Annual report of the Punjab Veterinary College and of the Civil Veterinary Department, Punjab - 1894-1908
Year: 1894
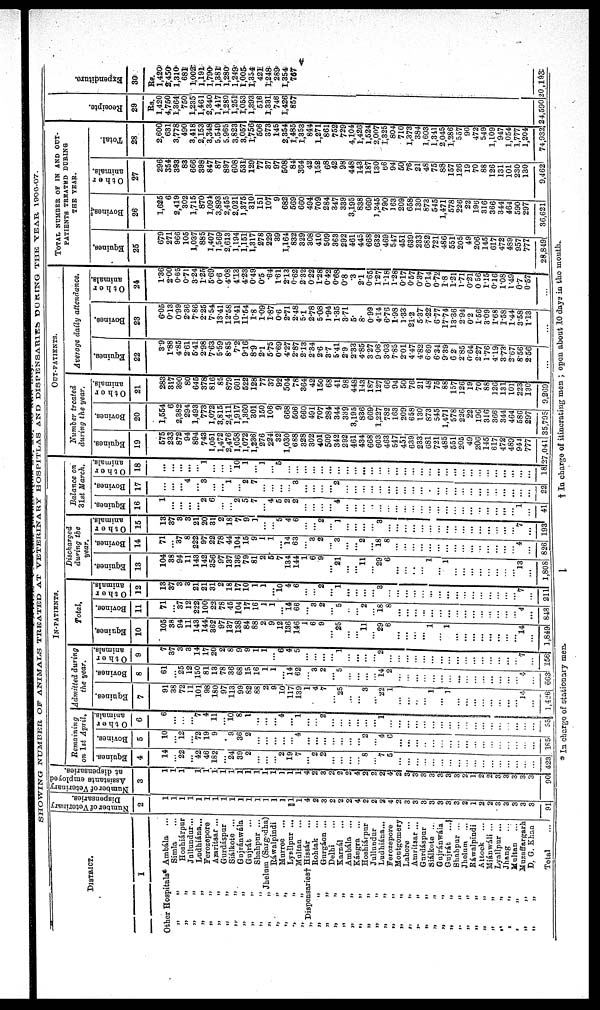
v
SHOWING NUMBER OF ANIMALS TREATED AT VETERINARY HOSPITLAS AND DISPENSARIES DURING THE YEAR 1906-07.
DISTRICT.
1
Other Hospitals* Ambála ...
„ „ Simla ...
„ „Hoshiárpur
„ „ Jullundur ...
„
„
Ludhiána ...
„ „ Ferozepore
„
„
Amritsar ...
„
„
Gurdáspur
„
„
Siálkote ...
„
„
Gujránwála
„ „ Gujrát
...
„
„
Shahpur ...
„
„
Jhelum (Sargodha)
„
„
Ráwalpindi
„
„
Murree ...
„ „ Lyallpur ...
„ „ Multan ...
„ Dispensaries† Hissár
...
„ „ Rohtak ...
„ „ Gurgáon ...
„ „ Delhi
...
„ „ Karnál ...
„ „ Ambála ...
„
„
Kángra ...
„ „ Hoshiárpur
„
„
Jullundur
„
„
Ludhiána ...
„
„
Ferozepore
„
„
Montgomery
„
„
Lahore ...
„
„
Amritsar ...
„
„
Gurdáspur
„
„
Siálkote ...
„
„
Gujránwála
„
„
Gujrát
...
„
„
Shahpur ...
„
„
Jhelum ...
„
„
Ráwalpindi
„
„
Attock ...
„
„
Miánwáli ...
„
„
Lyallpur ...
„ „ Jhang ...
„
„
Multan ...
„
„
Muzaffargarh
„
„
D.
G. Khan
Total
...
Number of Veterinary
Dispensaries.
2
1
1
1
1
1
1
1
1
1
1
1
1
1
1
1
1
1
4
2
3
2
2
2
4
2
2
2
4
2
3
3
3
3
3
3
3
2
1
2
2
3
3
3
3
3
91
Number of Veterinary
Assistants employed
at dispensaries.
3
1
1
1
1
1
1
1
1
1
1
1
1
l
1
1
1
1
4
2
3
2
2
2
4
2
2
2
4
2
3
3
3
3
3
3
3
2 1
2
2
3
3
3
3
3
90
IN-PATIENTS.
Remaining
on 1st April.
Equines.
4
14
...
22
...
42
46
182
...
24
39
2
...
...
...
2
19
7
...
2
2
...
...
...
...
8
...
7
5
...
...
...
...
...
...
...
...
...
...
...
...
...
...
...
...
...
423
Bovines.
5
10
...
12
...
72
19
9
...
9
36
2
...
...
...
...
...
4
...
...
...
...
...
...
...
2
...
4
6
...
...
...
...
...
...
...
...
...
...
...
...
...
...
...
...
...
185
Other
animals.
6
6
...
...
...
7
4
11
...
10
8 1
...
...
...
4
...
1
...
...
2
...
...
...
...
...
1
...
...
...
...
...
...
...
...
...
... ...
...
...
...
...
...
...
...
...
55
Admitted
during
the
year.
Equines.
7
91
38
72
11
101
98
180
97
113
99
82
88
2
9
10
117
139
1
4
7
...
25
...
...
3
...
22
1
...
...
...
...
1
...
1
...
...
...
...
...
...
...
...
14
...
1,426
Bovines.
8
61
...
25
12
150
81
13
78
36
68
15
16
1
1
...
14
62
...
3
2
...
5
...
...
...
...
14
2
...
...
...
...
...
...
...
...
...
...
...
...
...
...
...
4
...
663
Other
animals.
9
7
37
3
3
14
17
20
2
8
9
9
1
1
...
6
4
5
...
...
...
...
1
...
...
...
...
2
...
...
...
...
...
...
...
...
...
...
...
...
...
...
...
...
7
...
156
Total.
Equines.
10
105
38
94
11
143
144
362
97
137
138
84
88
2
9
12
136
146
1
6
9
...
25
...
...
11
...
29
6
...
...
...
...
1
...
1
...
...
...
...
...
...
...
...
14
...
1,849
Bovines.
11
71
...
37
12
222
100
2
78
45
104
17
16
1
1
14
66
...
8
2
...
5
...
...
2
...
18
8
...
...
...
...
...
...
...
...
...
...
...
...
...
...
...
4
...
848
Other
animals
12
13
37
3
3
21
21
31
2
18
17
10
1
1
... 10
4
6
...
... 2
... 1
...
...
...
...
3
...
...
...
...
...
...
...
...
...
...
...
...
...
...
...
...
7
...
211
Discharged
during the
year.
Equines.
13
104
38
94
11
143
142
356
97
137
136
79
81
2
5
7
134
144
1
6
9
...
21
...
...
11
... 29
6
...
...
...
...
1
...
1
...
... ...
...
...
...
...
... 13
...
1,808
Bovines.
14
71
...
37
8
222
97
22
78
44
104
15
9 1
1
... 14
63
...
3
2
... 3
...
...
2
... 18
8
...
...
...
...
...
...
...
...
...
...
...
...
...
...
...
4
...
826
Other
animals.
15
13
37
3
3
21
20
31
2
18
7
9
1
...
...
5
4
6
...
... 2
...
1
...
...
...
... 3
...
...
... ...
...
...
...
...
...
... ...
...
...
...
... 7
...
193
Balance on
31st March.
Equines.
16
1
...
...
...
...
2
6
...
...
2
5
7
...
4
5
2
2
...
...
...
... 4
...
...
...
...
...
...
...
...
...
...
...
...
...
...
...
...
...
...
...
...
... 1
...
41
Bovines.
17
...
...
...
4
...
3
...
...
1
...
2
7
...
...
...
...
3
...
...
...
... 2
...
...
...
...
...
...
...
...
...
...
.
...
...
...
...
...
...
...
...
...
...
...
22
Other
animals.
18
...
...
...
...
...
1
...
...
...
10
1
...
1
...
5
...
...
...
...
...
...
...
...
...
...
...
...
...
...
...
...
...
...
...
...
... ...
...
...
...
...
...
...
...
18
OUT-PATIENTS.
Number treated
during the year.
Equines.
19
575
233
872
94
894
743
1,051
1,472
2,476
1,058
1,072
1,236
276
224
32
1,030
688
328
302
401
509
342
292
461
434
668
603
463
547
451
639
233
681
721
485
551
205
49
206
145
617
472
489
944
777
27,04l
Bovines.
20
1,554
6
2,382
294
1,493
773
1,072
3,815
2,411
1,917
1,360
301
150
106
9
668
506
660
491
707
284
344
339
3,195
836
669
1,227
782
163
209
658
130
873
545
1,471
578
226
22
196
316
366
344
464
586
297
35,795
Other
animals.
21
283
317
390
80
645
378
816
85
879
601
522
128
77
37
92
504
78
364
42
150
68
41
98
448
143
187
127
66
94
50
76
21
48
75
88
157
126
19
70
88
126
131
101
223
130
9,269
Average daily attendance.
Equines.
22
3.9
1.88
4.85
2.61
5.41
2.98
7.63
5.59
8.85
7.2
9.16
8.9
2.1
5.75
0.69
4.27
2.87
2.13
2.34
2.6
3.7
5.41
2.9
2.33
4.85
3.27
9.06
3.03
7.85
2.01
4.47
4.82
6.69
6.34
9.39
6.2
2.85
0.64
2.27
1.76
4.19
3.73
2.67
8.56
2.56
...
Bovines.
23
6.05
0.13
0.99
2.36
7.86
2.25
7.54
13.41
12.58
10.41
11.54
1.8
1.09
1.87
0.6
2.71
2.48
5.1
2.78
5.08
1.94
1.35
3.71
5.
8.
0.99
4.14
6.76
1.98
1.33
21.2
5.37
7.22
6.77
17.74
13.36
2.94
0.2
1.56
3.09
1.68
1.58
1.44
3.58
1.13
...
Other
animals.
24
1.36
2.00
0.65
0.71
3.24
1.25
5.69
0.6
4.08
4.13
4.23
0.49
0.5
.64
1.61
2.13
0.62
2.32
0.22
1.28
0.42
0.68
0.8
.3
2.1
0.65
1.27
1.18
1.28
0.17
0.57
0.37
0.14
0.72
1.8
1.21
1.71
0.21
0 56
1.15
0.16
1.08
1.49
0.7
0.57
...
TOTAL NUMBER OF IN AND OUT¬
PATIENTS TREATED DURING
THE YEAR.
Equines.
25
679
271
966
105
1,037
885
1,405
1,566
2,613
1,194
1,151
1,317
278
229
39
1,164
832
329
308
410
509
363
292
461
445
668
632
469
547
451
639
233
682
721
486
551
205
49
206
145
617
472
489
957
777
28,849
Bovines.
26
1,625
6
2,419
302
1,715
870
1,094
3,893
2,455
2,021
1,375
310
151
107
9
682
569
660
494
709
284
347
339
3,195
838
669
1,245
790
163
209
658
130
873
545
1,471
578
226 22
196
316
366
344
464
590
297
36,621
Other
animals.
27
296
354
393
83
666
398
847
87
897
608
531
129
77
37
97
508
84
364
42
152
68
42
98
448
143
187
130
66
94
50
76
21
48
75
88
157
126 19
70
88
126
131
101
230
130
9,462
Total.
28
2,600
631
3,778
490
3,418
2,153
3,348
5,549
5,965
3,823
3,057
1,756
506
373
145
2,354
1,485
1,353
844
1,271
861
752
729
4,104
1,426
1,524
2,007
1,325
804
710
1,373
384
1,603
1,341
2,045
1,286
557 90
472
549
1,109
947
1,054
1,777
1,204
74,932
Receipts.
29
Rs.
1,420
4,750
1,364
750
1,235
1,461
2,340
1,417
1,280
1,251
1,053
1,393
516
1,331
746
1,426
857
24,590
Expenditure.
30
Rs.
1,420
2,450
1,310
681
1,002
1,191
1,790
1,381
1,280
1,249
1,005
1,354
421
1,248
289
1,354
767
20,193
* In charge of stationary men.
†
In charge of itinerating men ; open about 10 days in the month.